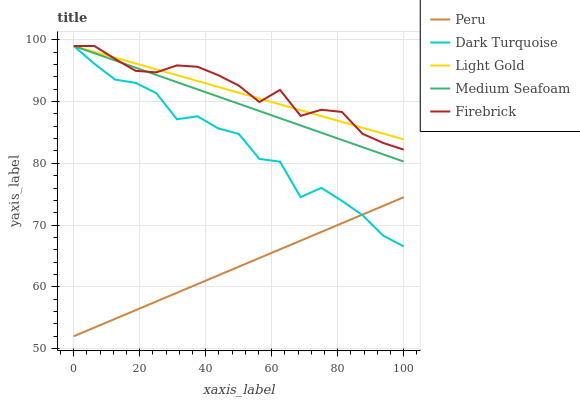
| xaxis_label | Peru | Dark Turquoise | Light Gold | Medium Seafoam | Firebrick |
 | --- | --- | --- | --- | --- | --- |
 | 0 | 52 | 99 | 99 | 99 | 99 |
 | 6.25 | 53.4 | 96.1 | 98.1 | 97.8 | 99 |
 | 12.5 | 54.8 | 93.6 | 97.1 | 96.7 | 96.9 |
 | 18.8 | 56.2 | 93 | 96.2 | 95.5 | 95 |
 | 25 | 57.6 | 91.4 | 95.2 | 94.3 | 94.7 |
 | 31.2 | 59 | 87.1 | 94.3 | 93.2 | 95.9 |
 | 37.5 | 60.4 | 87.6 | 93.3 | 92 | 95.6 |
 | 43.8 | 61.9 | 85.7 | 92.4 | 90.8 | 94.3 |
 | 50 | 63.3 | 84.8 | 91.4 | 89.6 | 92.6 |
 | 56.2 | 64.7 | 80.7 | 90.5 | 88.5 | 89.9 |
 | 62.5 | 66.1 | 80.3 | 89.5 | 87.3 | 91.9 |
 | 68.8 | 67.5 | 74.5 | 88.6 | 86.1 | 87.7 |
 | 75 | 68.9 | 76 | 87.7 | 85 | 88.7 |
 | 81.2 | 70.3 | 73.9 | 86.7 | 83.8 | 88.3 |
 | 87.5 | 71.7 | 71.6 | 85.8 | 82.6 | 84.8 |
 | 93.8 | 73.1 | 68.3 | 84.8 | 81.5 | 83.3 |
 | 100 | 74.5 | 66.6 | 83.9 | 80.3 | 82.2 |